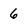
Character: 6